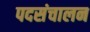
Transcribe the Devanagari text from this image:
पदसंचालन